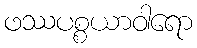
ဖဿပစ္စယာဝါရော